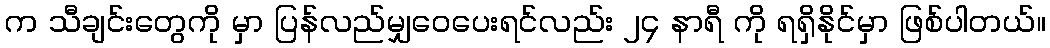
က သီချင်းတွေကို မှာ ပြန်လည်မျှဝေပေးရင်လည်း ၂၄ နာရီ ကို ရရှိနိုင်မှာ ဖြစ်ပါတယ်။